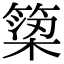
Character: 𥱋